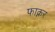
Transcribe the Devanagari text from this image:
फाक्नर